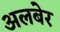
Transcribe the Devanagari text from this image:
अलबेर